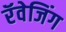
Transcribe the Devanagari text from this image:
रॅवेजिंग